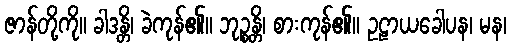
ဇာန်တို့ကို။ ခါဒန္တိ၊ ခဲကုန်၏။ ဘုဉ္စန္တိ၊ စားကုန်၏။ ဥဠာယခေါပန၊ မန၊